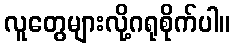
လူတွေများလို့ဂရုစိုက်ပါ။